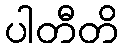
ပါတီတိ